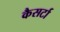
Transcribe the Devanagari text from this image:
कैसर्टा